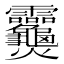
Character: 𬋣